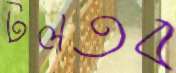
টলতব